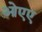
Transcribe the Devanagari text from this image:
ओएए